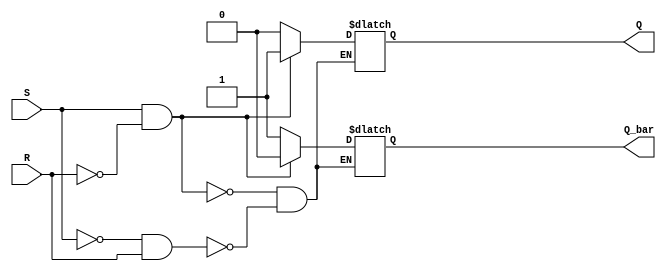
module sr_flip_flop(
    input S,  // Set input
    input R,  // Reset input
    output reg Q,  // Q output
    output reg Q_bar  // Q-bar output
);

always @(S or R) begin
    if (S && !R) begin
        Q <= 1;  // Set Q to high
        Q_bar <= 0;  // Set Q-bar to low
    end
    else if (!S && R) begin
        Q <= 0;  // Reset Q to low
        Q_bar <= 1;  // Set Q-bar to high
    end
end

endmodule